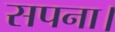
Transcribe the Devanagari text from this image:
सपना।